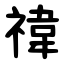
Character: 禕